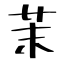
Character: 茉